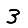
Digit: 3